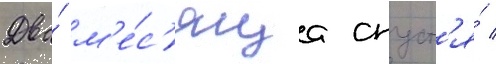
Два́ м'е́с'яца спуст'я́ /